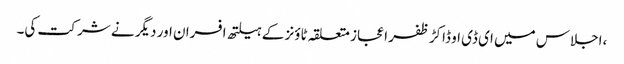
،اجلاس میں ای ڈی او ڈاکڑ ظفر اعجاز متعلقہ ٹاؤنز کے ہیلتھ افسران اور دیگر نے شر کت کی۔